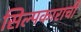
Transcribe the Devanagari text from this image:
सिल्पकाराची